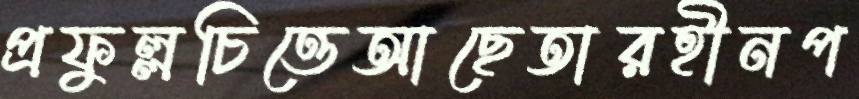
প্রফুল্লচিত্তেআছেতারহীনপ